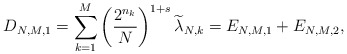
\begin{align*}D_{N,M,1}=\sum_{k=1}^{M}\left(\frac{2^{n_{k}}}{N}\right)^{1+s} \widetilde{\lambda}_{N,k}=E_{N,M,1}+E_{N,M,2},\end{align*}